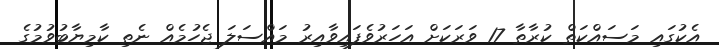
އެކުގައި މަސައްކަތް ކުރާތާ 17 ވަރަކަށް އަހަރުވެފައިވާއިރު މައްސަލަ ޖެހުމެއް ނެތި ކާމިޔާބުވުމުގެ